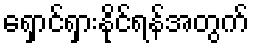
ရှောင်ရှားနိုင်ရန်အတွက်